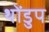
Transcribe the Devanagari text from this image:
थोंडुप